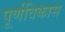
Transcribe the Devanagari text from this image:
पूर्णविकास